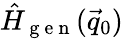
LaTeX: \hat{H}_{\mathrm{~g~e~n~}}(\vec{q}_{0})